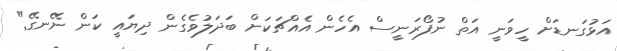
އަޅުގަނޑަށް ހީވަނީ އަތް ނުފޯރަނީސް އެހެން އެއްޗަކަށް ބަދަލުވެގެން ދިޔައީ ކަން ނޭނގޭ